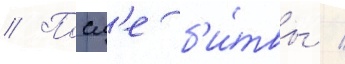
// Посл'е б'и́твы /